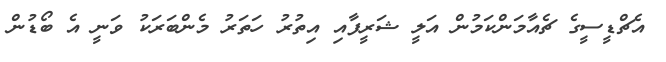
އެޗްޑީސީގެ ޗެއާމަންކަމުން އަލީ ޝަރީފާއި އިތުރު ހަތަރު މެންބަރަކު ވަނީ އެ ބޯޑުން